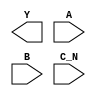
module sky130_fd_sc_hd__nor3b (
    Y  ,
    A  ,
    B  ,
    C_N
);

    output Y  ;
    input  A  ;
    input  B  ;
    input  C_N;

    // Voltage supply signals
    supply1 VPWR;
    supply0 VGND;
    supply1 VPB ;
    supply0 VNB ;

endmodule